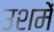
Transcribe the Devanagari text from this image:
उशमें